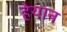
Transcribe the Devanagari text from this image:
हेयान